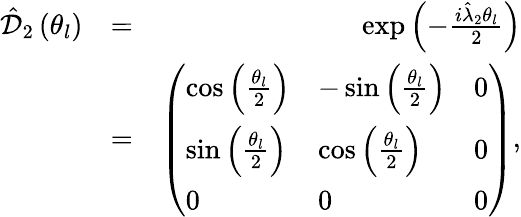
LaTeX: \begin{array}{rlr}{\hat{\mathcal D}_{2}\left(\theta_{l}\right)}&{=}&{\exp\left(-\frac{i\hat{\lambda}_{2}\theta_{l}}{2}\right)}\\ &{=}&{\left(\begin{array}{lll}{\cos\left(\frac{\theta_{l}}{2}\right)}&{-\sin\left(\frac{\theta_{l}}{2}\right)}&{0}\\ {\sin\left(\frac{\theta_{l}}{2}\right)}&{\cos\left(\frac{\theta_{l}}{2}\right)}&{0}\\ {0}&{0}&{0}\end{array}\right),}\end{array}